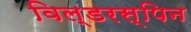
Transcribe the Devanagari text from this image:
विल्डरस्पिन